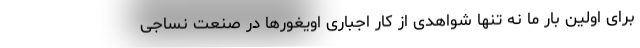
برای اولین بار ما نه تنها شواهدی از کار اجباری اویغورها در صنعت نساجی